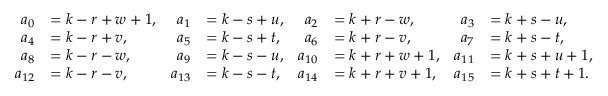
\begin{array} { r l r l r l r l } { a _ { 0 } } & { = k - r + w + 1 , } & { a _ { 1 } } & { = k - s + u , } & { a _ { 2 } } & { = k + r - w , } & { a _ { 3 } } & { = k + s - u , } \\ { a _ { 4 } } & { = k - r + v , } & { a _ { 5 } } & { = k - s + t , } & { a _ { 6 } } & { = k + r - v , } & { a _ { 7 } } & { = k + s - t , } \\ { a _ { 8 } } & { = k - r - w , } & { a _ { 9 } } & { = k - s - u , } & { a _ { 1 0 } } & { = k + r + w + 1 , } & { a _ { 1 1 } } & { = k + s + u + 1 , } \\ { a _ { 1 2 } } & { = k - r - v , } & { a _ { 1 3 } } & { = k - s - t , } & { a _ { 1 4 } } & { = k + r + v + 1 , } & { a _ { 1 5 } } & { = k + s + t + 1 . } \end{array}